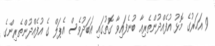
9 އަހަރުގެ މޮޅު އުފެއްދުންތެރިއާ ބުނެފައިވާ ގޮތުގައި އަބަދުވެސް އެޕަލް ގެ އުފެއްދުންތެރިންގެ